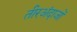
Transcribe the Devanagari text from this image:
तीरअंदाजों